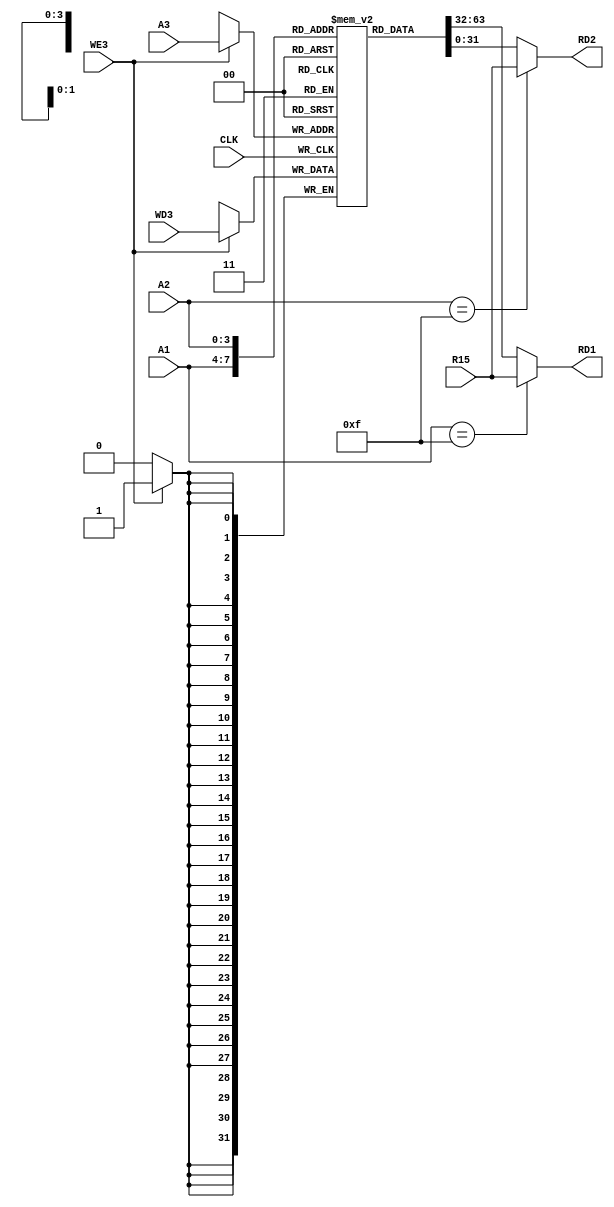
module RegisterFile(
    input CLK,
    input WE3,
    input [3:0] A1,
    input [3:0] A2,
    input [3:0] A3,
    input [31:0] WD3,
    input [31:0] R15,

    output [31:0] RD1,
    output [31:0] RD2
    );
    
    // declare RegBank
    reg [31:0] RegBank[0:14];
 
    assign RD1 = (A1==15) ? R15: RegBank[A1];
    assign RD2 = (A2==15) ? R15: RegBank[A2];

    always@(posedge CLK)    begin
        if(WE3) begin
            RegBank[A3] <= WD3;
        end
    end

endmodule